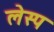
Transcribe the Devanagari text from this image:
लेस्प